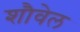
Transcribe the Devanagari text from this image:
शौवेल